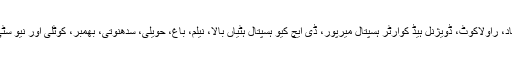
رپورٹ کے مطابق ایمزمظفرآباد، سی ایم ایچ مظفرآباد، راولاکوٹ، ڈویژنل ہیڈ کوارٹر ہسپتال میرپور، ڈی ایچ کیو ہسپتال ہٹیاں بالا، نیلم، باغ، حویلی، سدھنوتی، بھمبر، کوٹلی اور نیو سٹی میرپور میں آئسولیشن وارڈز قائم کر دیے گئے ہیں۔